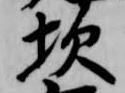
坎